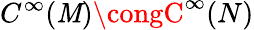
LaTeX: C^{\infty}(\mathit{M})\congC^{\infty}(N)